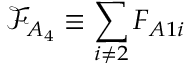
\mathcal { F } _ { A _ { 4 } } \equiv \sum _ { i \neq 2 } F _ { A 1 i }